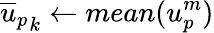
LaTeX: {\overline{{u}}_{p}}_{k}\gets mean(u_{p}^{m})